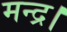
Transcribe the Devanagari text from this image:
मन्द्र।